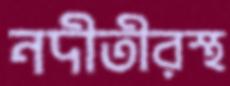
নদীতীরস্থ